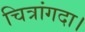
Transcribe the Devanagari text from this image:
चित्रांगदा।